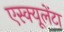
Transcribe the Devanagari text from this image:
एस्क्यूलेंटा